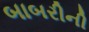
બાબરીની